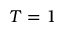
T = 1